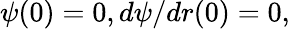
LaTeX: \psi(0)=0,d\psi/dr(0)=0,